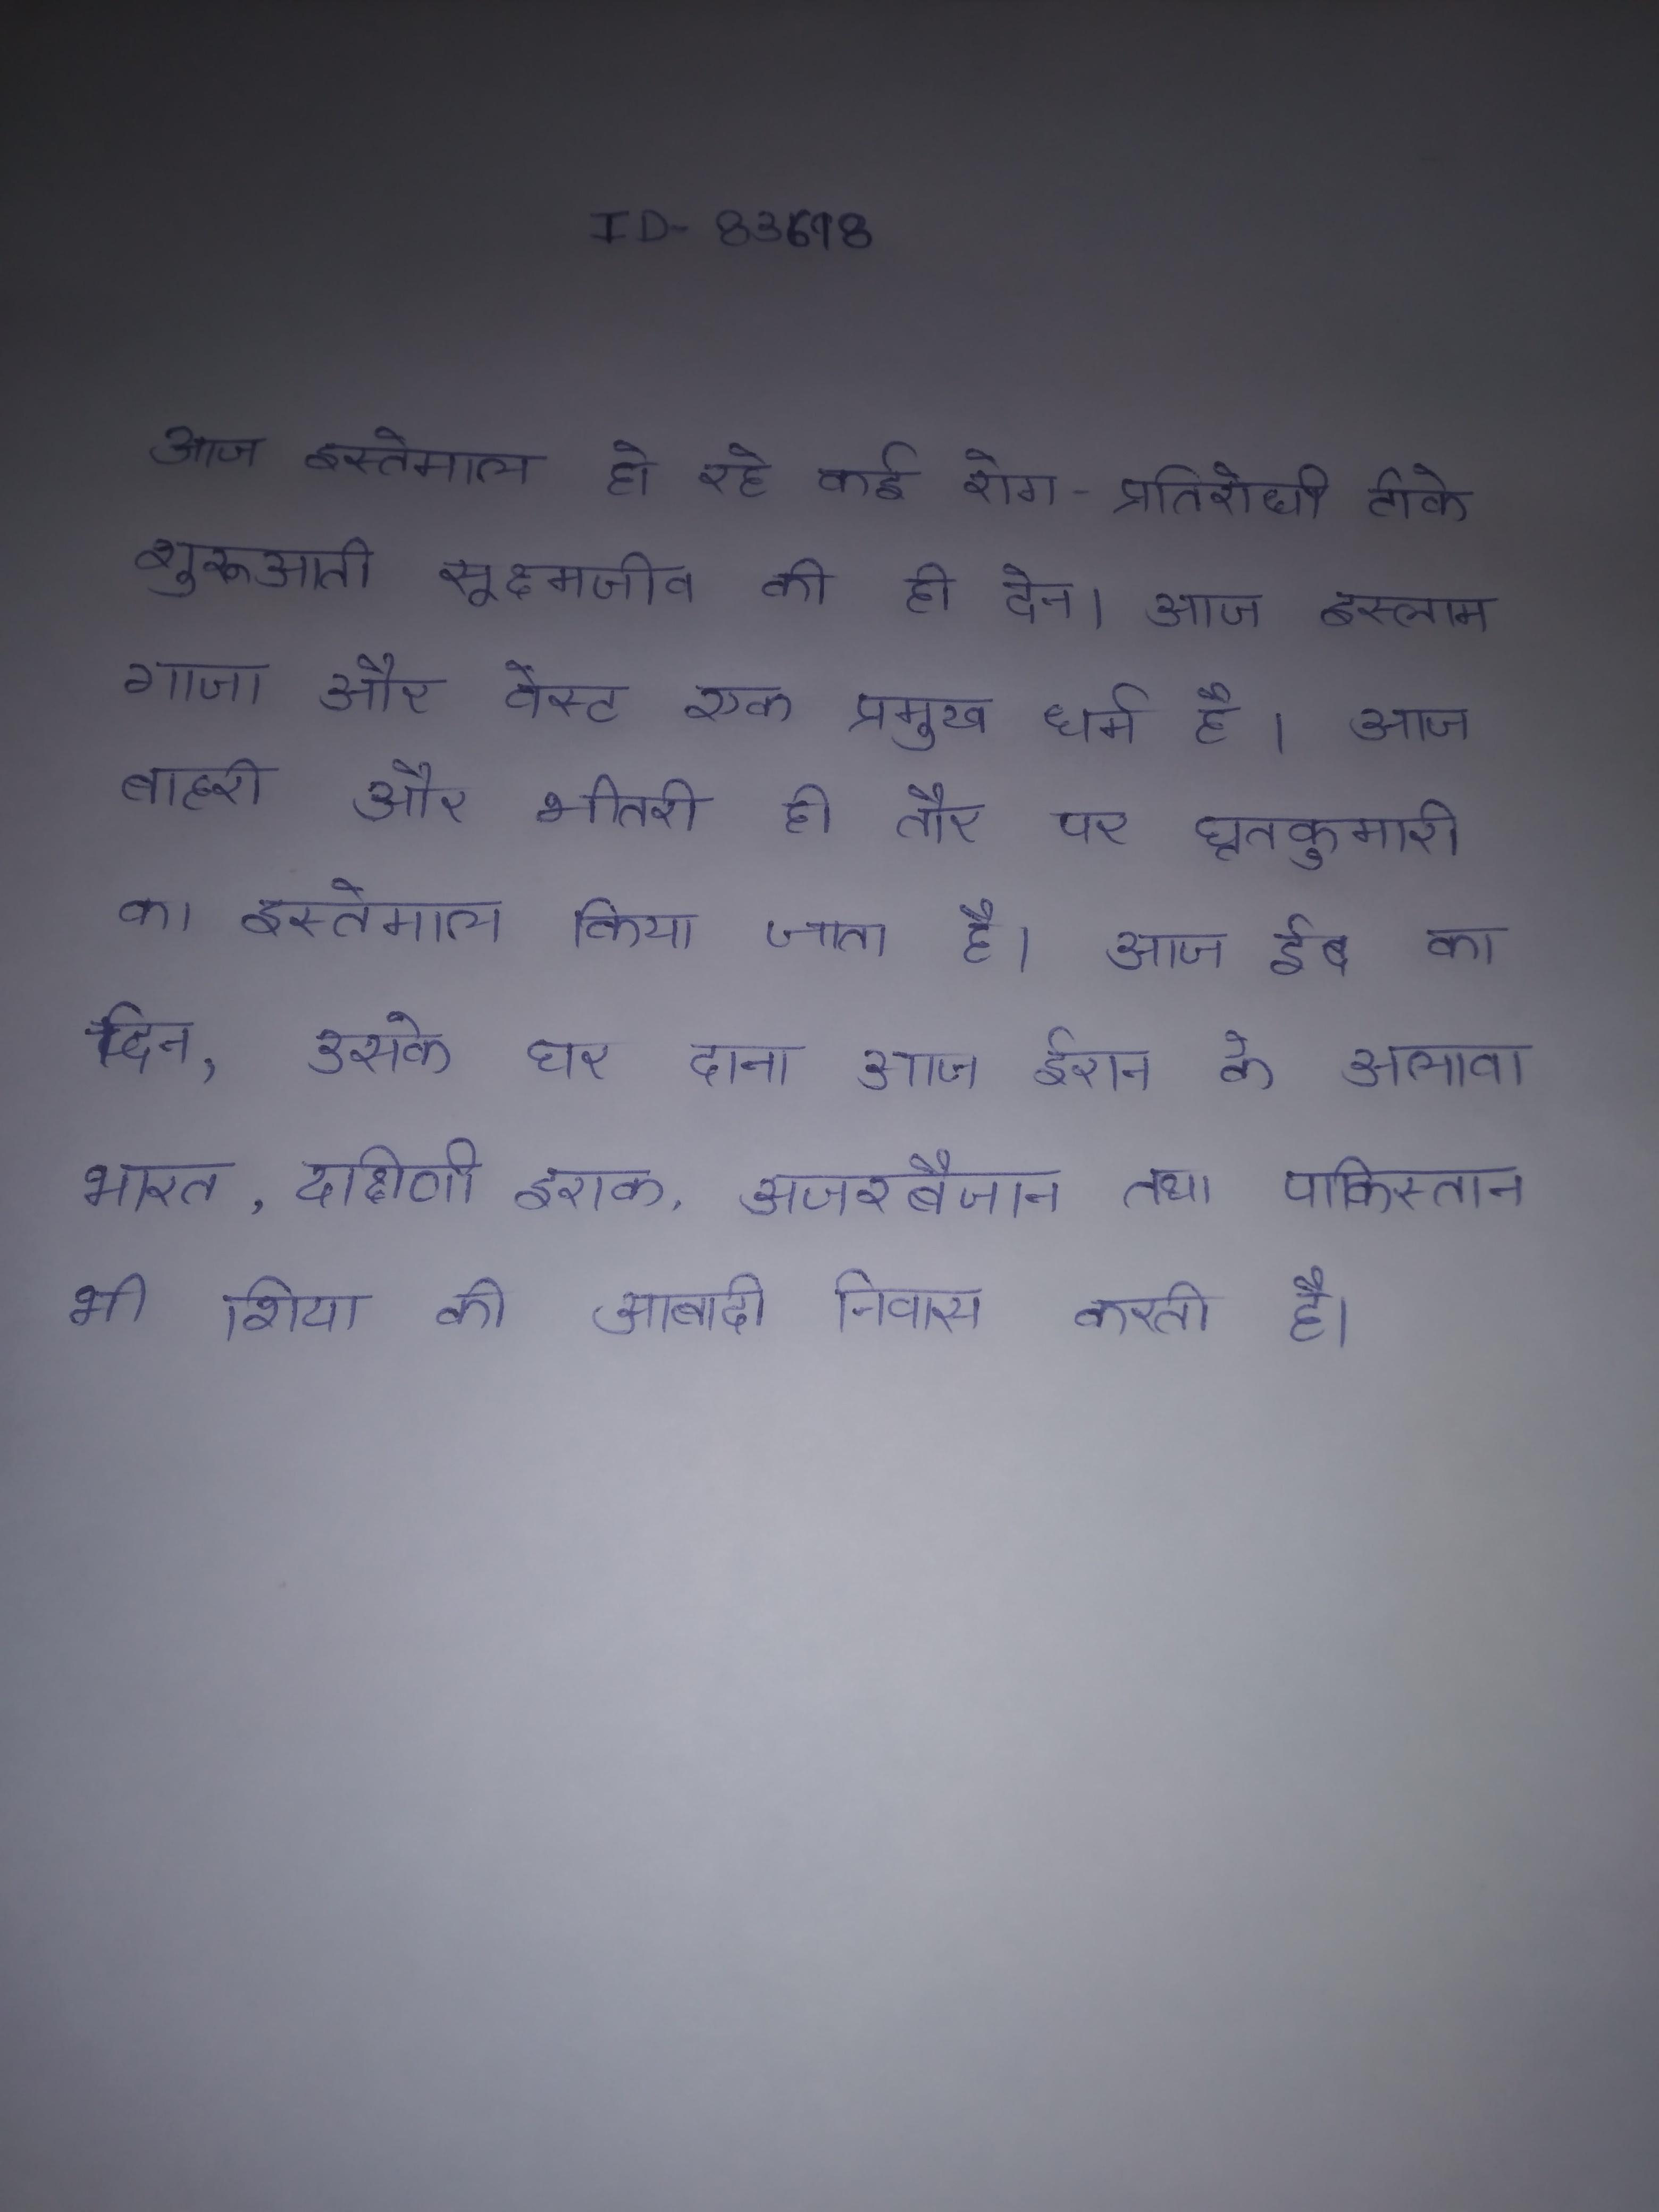
आज इस्तेमाल हो रहे कई रोग-प्रतिरोधी टीके शुरूआती सूक्ष्मजीव की ही देन । आज इस्लाम गाजा और वेस्ट एक प्रमुख धर्म है । आज बाहरी और भीतरी ही तौर पर घृतकुमारी का इस्तेमाल किया जाता है । आज ईद का दिन, उसके घर दाना आज ईरान के अलावा भारत, दक्षिणी इराक, अजरबैजान तथा पाकिस्तान भी शिया की आबादी निवास करती है ।